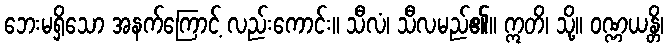
ဘေးမရှိသော အနက်ကြောင့် လည်းကောင်း။ သီလံ၊ သီလမည်၏။ ဣတိ၊ သို့။ ဝဏ္ဏယန္တိ၊